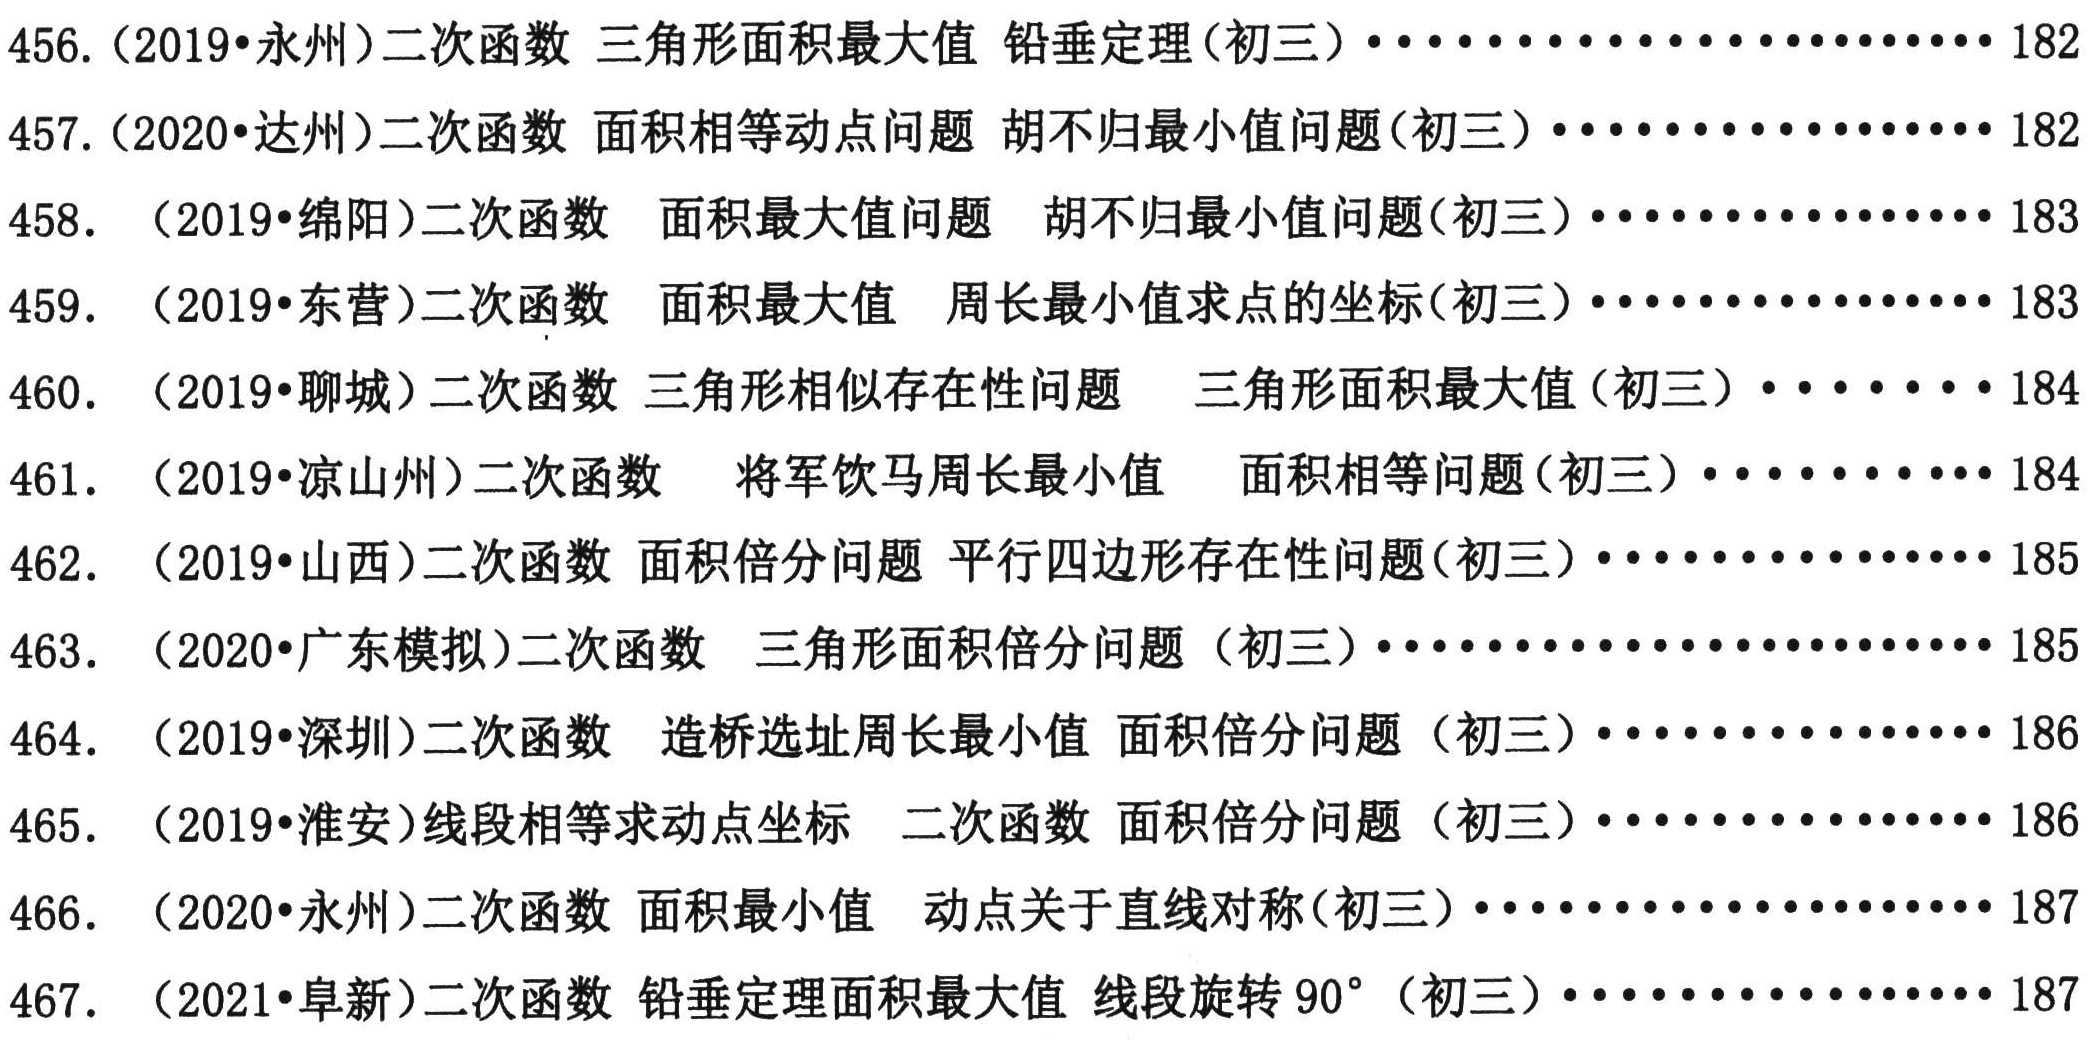
456. （2019•永州）二次函数 三角形面积最大值 铅垂定理(初三) ••••••••••••••••• 182
457. （2020•达州）二次函数 面积相等动点问题 胡不归最小值问题(初三) ••••••••••••••••• 182
458. （2019•绵阳）二次函数 面积最大值问题 胡不归最小值问题(初三) ••••••••••••••••• 183
459. （2019•东营）二次函数 面积最大值 周长最小值求点的坐标(初三) ••••••••••••••••• 183
460. （2019•聊城）二次函数 三角形相似存在性问题 三角形面积最大值(初三) ••••••• 184
461. （2019•凉山州）二次函数 将军饮马周长最小值 面积相等问题(初三) ••••••• 184
462. （2019•山西）二次函数 面积倍分问题 平行四边形存在性问题(初三) ••••••••••••• 185
463. （2020•广东模拟）二次函数 三角形面积倍分问题 (初三) ••••••••••••••••••••• 185
464. （2019•深圳）二次函数 造桥选址周长最小值 面积倍分问题 (初三) ••••••••••••• 186
465. （2019•淮安）线段相等求动点坐标 二次函数 面积倍分问题 (初三) ••••••••••••• 186
466. （2020•永州）二次函数 面积最小值 动点关于直线对称(初三) ••••••••••••••••• 187
467. （2021•阜新）二次函数 铅垂定理面积最大值 线段旋转90° (初三) ••••••••••••••••• 187